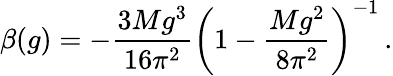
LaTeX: \beta(g)=-\frac{3Mg^{3}}{16\pi^{2}}\left(1-\frac{Mg^{2}}{8\pi^{2}}\right)^{-1}\, .